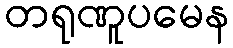
တရုဏူပမေန